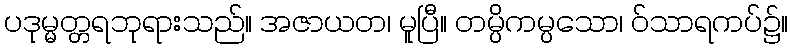
ပဒုမ္မတ္တရဘုရားသည်။ အဇာယတ၊ မူပြီ။ တမ္ပိကမ္ပသော၊ ဝ်သာရကပ်၌။